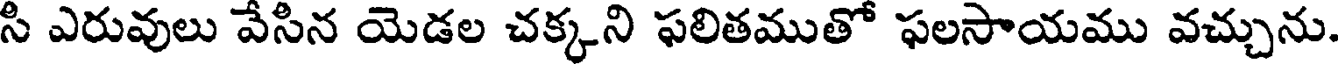
సి ఎరువులు వేసిన యెడల చక్కని ఫలితముతో ఫలసాయము వచ్చును